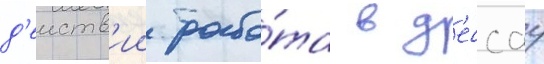
д'еиств'ии рабо́та в д'ессау